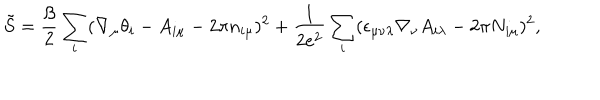
\tilde { S } = \frac { \beta } { 2 } \sum _ { i } ( \nabla _ { \mu } \theta _ { i } - A _ { i \mu } - 2 \pi n _ { i \mu } ) ^ { 2 } + \frac { 1 } { 2 e ^ { 2 } } \sum _ { i } ( \epsilon _ { \mu \nu \lambda } \nabla _ { \nu } A _ { i \lambda } - 2 \pi N _ { i \mu } ) ^ { 2 } ,